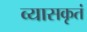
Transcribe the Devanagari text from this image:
व्यासकृतं